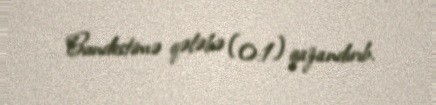
Bundestimə qələbə (0:1) qazandırıb.